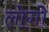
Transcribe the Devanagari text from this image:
लोगोें